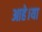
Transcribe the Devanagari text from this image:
आहे।या